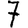
Digit: 7